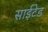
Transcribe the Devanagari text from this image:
साईटेड